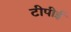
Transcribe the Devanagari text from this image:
टीपीई